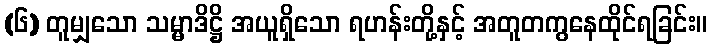
(၆) တူမျှသော သမ္မာဒိဋ္ဌိ အယူရှိသော ရဟန်းတို့နှင့် အတူတကွနေထိုင်ရခြင်း။